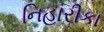
નિહારીકા